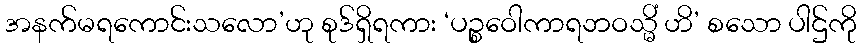
အနက်မရကောင်းသလော’ဟု စုဒ်ရှိရကား ‘ပဉ္စဝေါကာရဘဝသ္မိံ ဟိ’ စသော ပါဌ်ကို